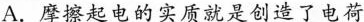
A.摩擦起电的实质就是创造了电荷